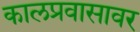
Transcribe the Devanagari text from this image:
कालप्रवासावर